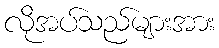
လိုအပ်သည်များအား